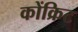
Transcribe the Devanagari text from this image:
कोंक्रिट